Juri_Uluots, lk 26
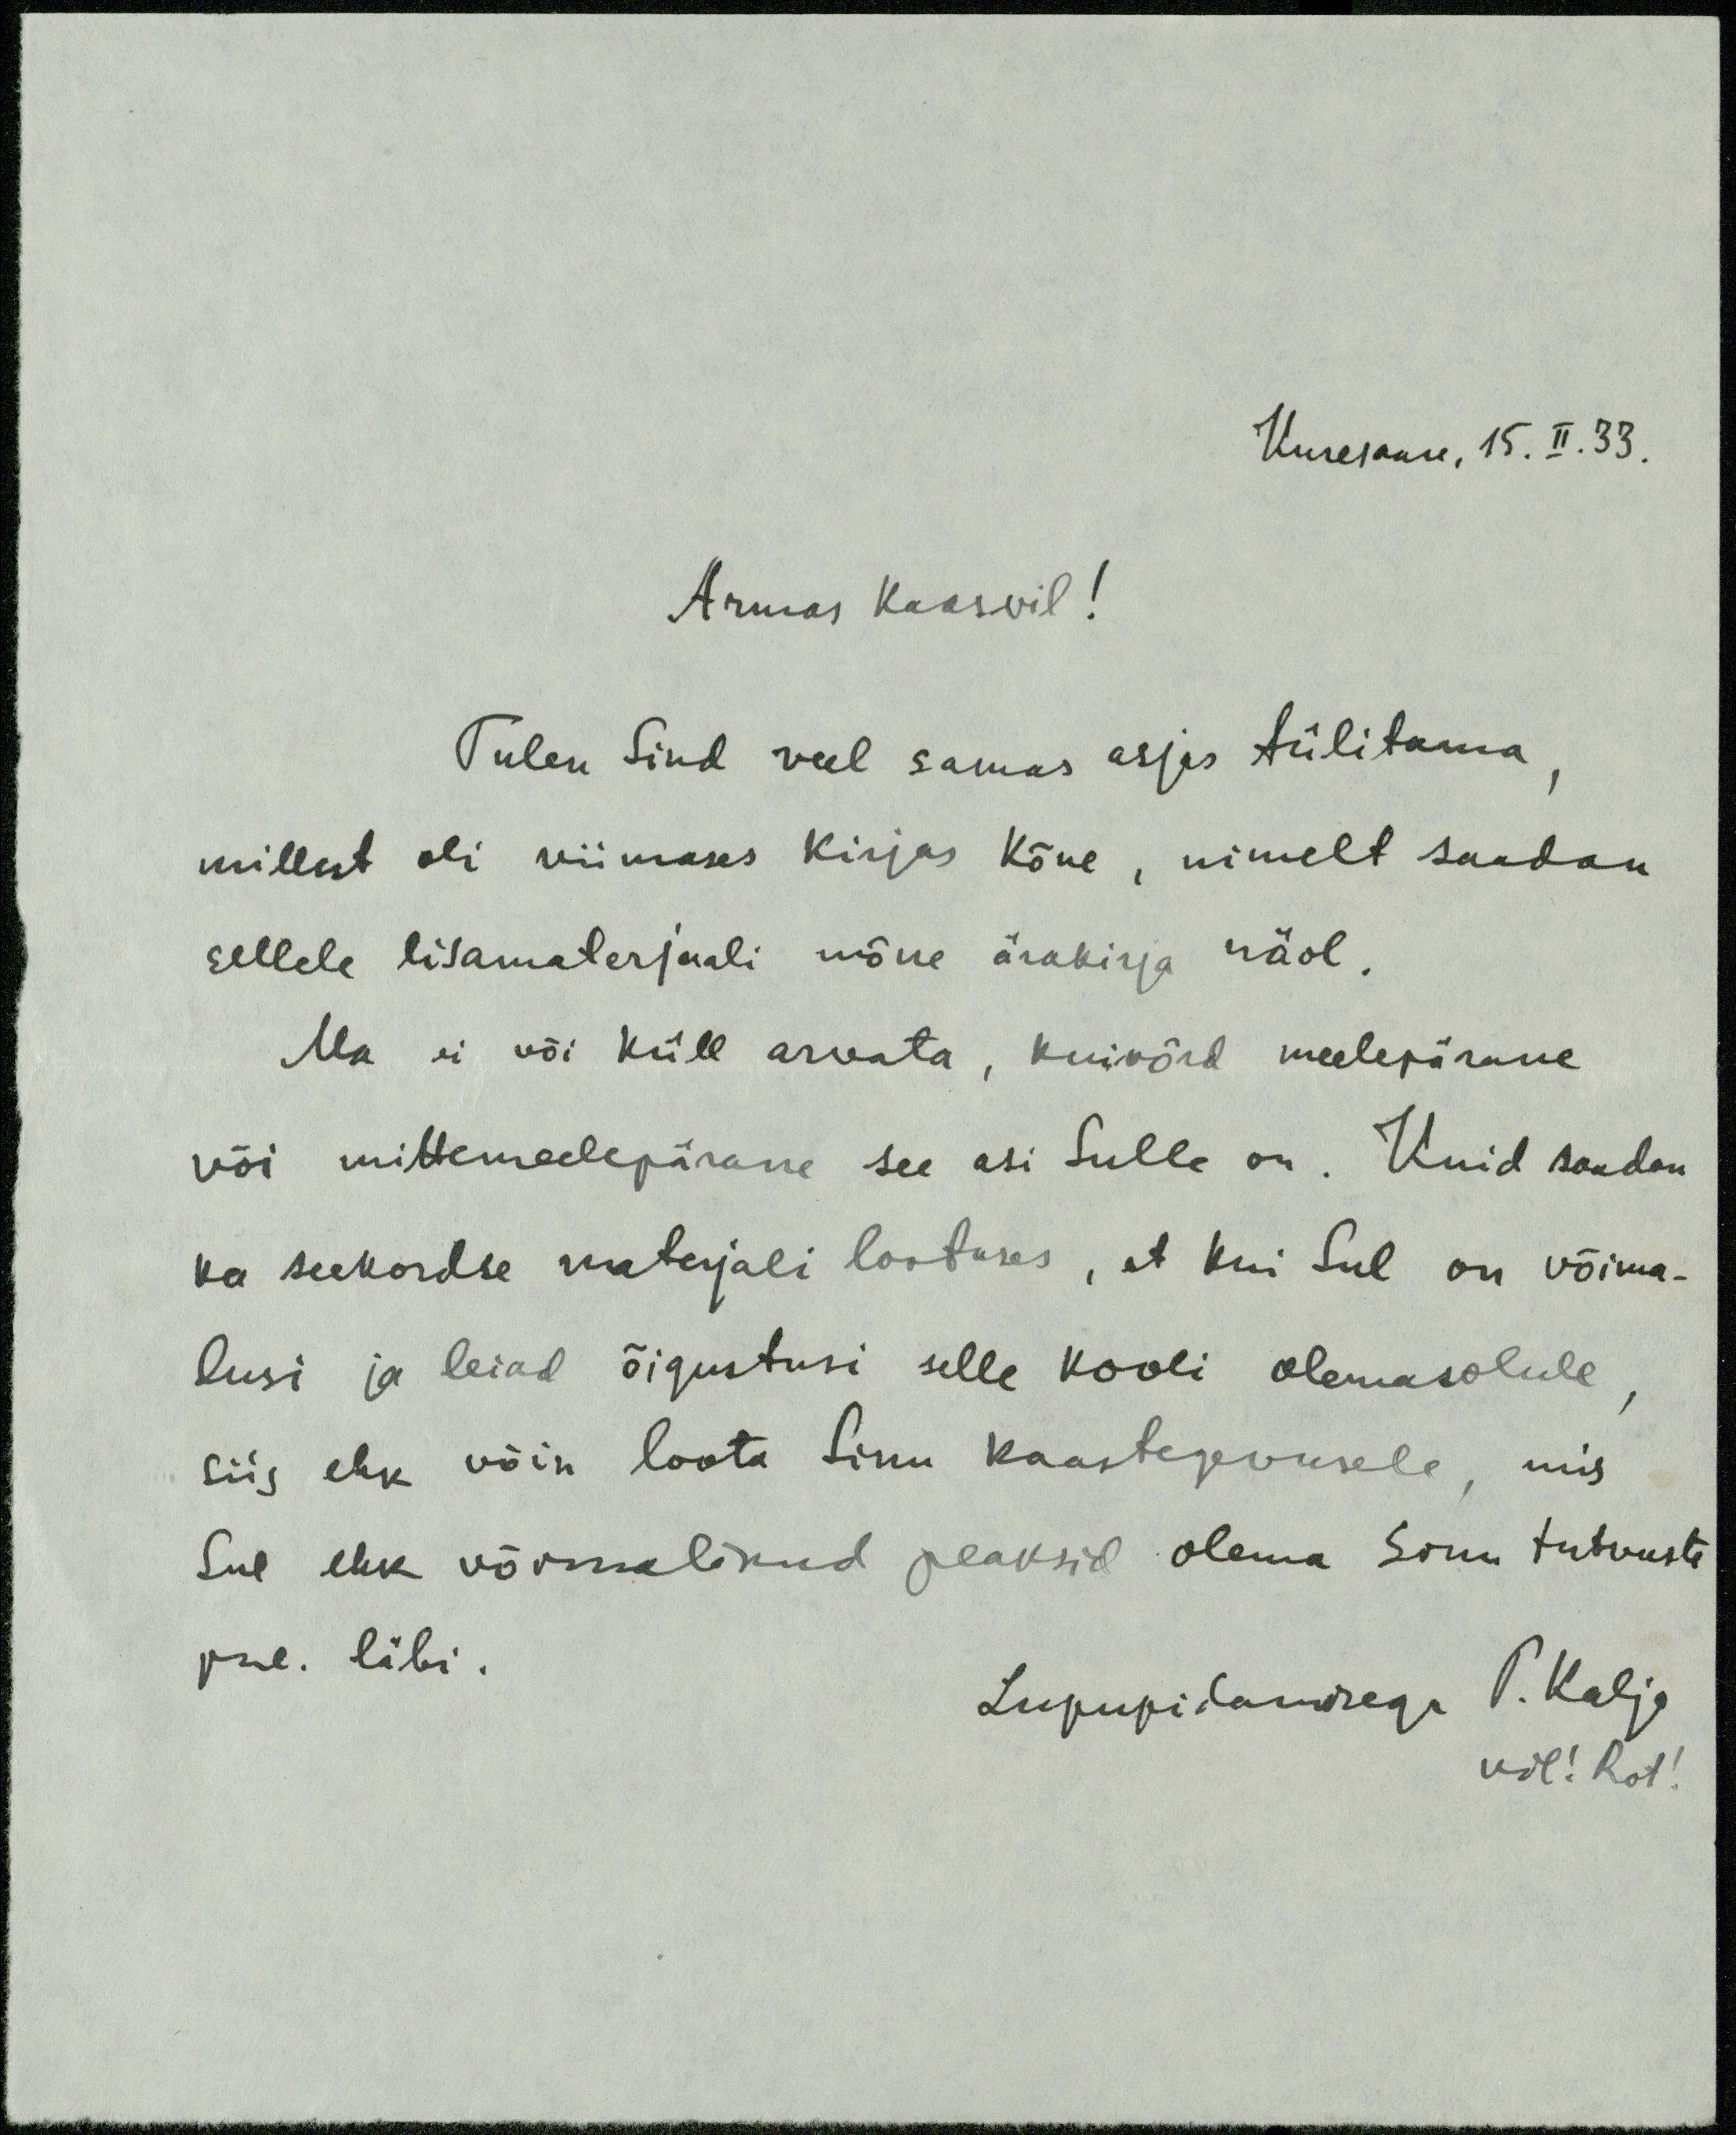
Kuresaare, 15. II. 33.
Armas kaasvil!
Tulen Sind veel samas asjas tülitama,
millest oli viimases kirjas kõne, nimelt saadan
sellele lisamaterjaali mõne ärakirja näol.
Ma ei või küll arvata, kuivõrd meelepärane
või mittemeelepärane see asi Sulle on. Kuid saadan
ka seekordse materjali lootuses, et kui Sul on võima-
lusi ja leiad õigustusi selle kooli olemasolule,
siis ehk võin loota Sinu kaastegevusele, mis
Sul ehk võimalikud peaksid olema Sinu tutvuste
jne. läbi.
Lugupidamisega P. Kaljo
vil! Rot!